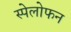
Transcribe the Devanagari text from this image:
स्पेलोफन